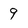
Character: 9